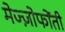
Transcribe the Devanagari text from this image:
मेज्ज़ोफोंती